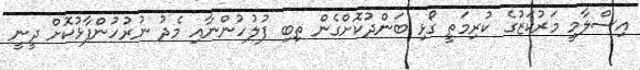
އިސްލާމީ މަރުކަޒުގެ ކުރިމަތީ ގޯޅި ބަންދުކޮށްގެން ތިބި ފުލުހުންނާއި މެދު ނުރުހުންފާޅުކޮށް ދީނީ